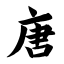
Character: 唐